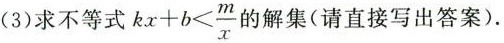
(3)求不等式$$kx+b<\frac{m}{x}$$的解集(请直接写出答案).